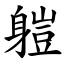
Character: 䠽